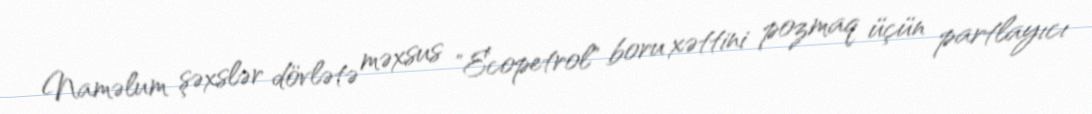
Naməlum şəxslər dövlətə məxsus "Ecopetrol" boru xəttini pozmaq üçün partlayıcı